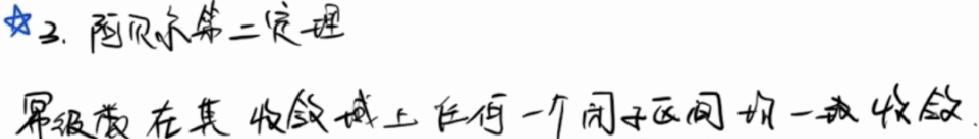
2. 阿贝尔第二定理
幂级数在其收敛域上任何一个闭子区间均一致收敛.